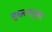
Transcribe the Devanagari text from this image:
नुसरतनुमा